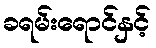
ခရမ်းရောင်နှင့်